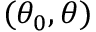
( \theta _ { 0 } , \theta )